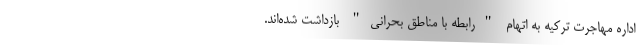
اداره مهاجرت ترکیه به اتهام "رابطه با مناطق بحرانی" بازداشت شده‌اند.